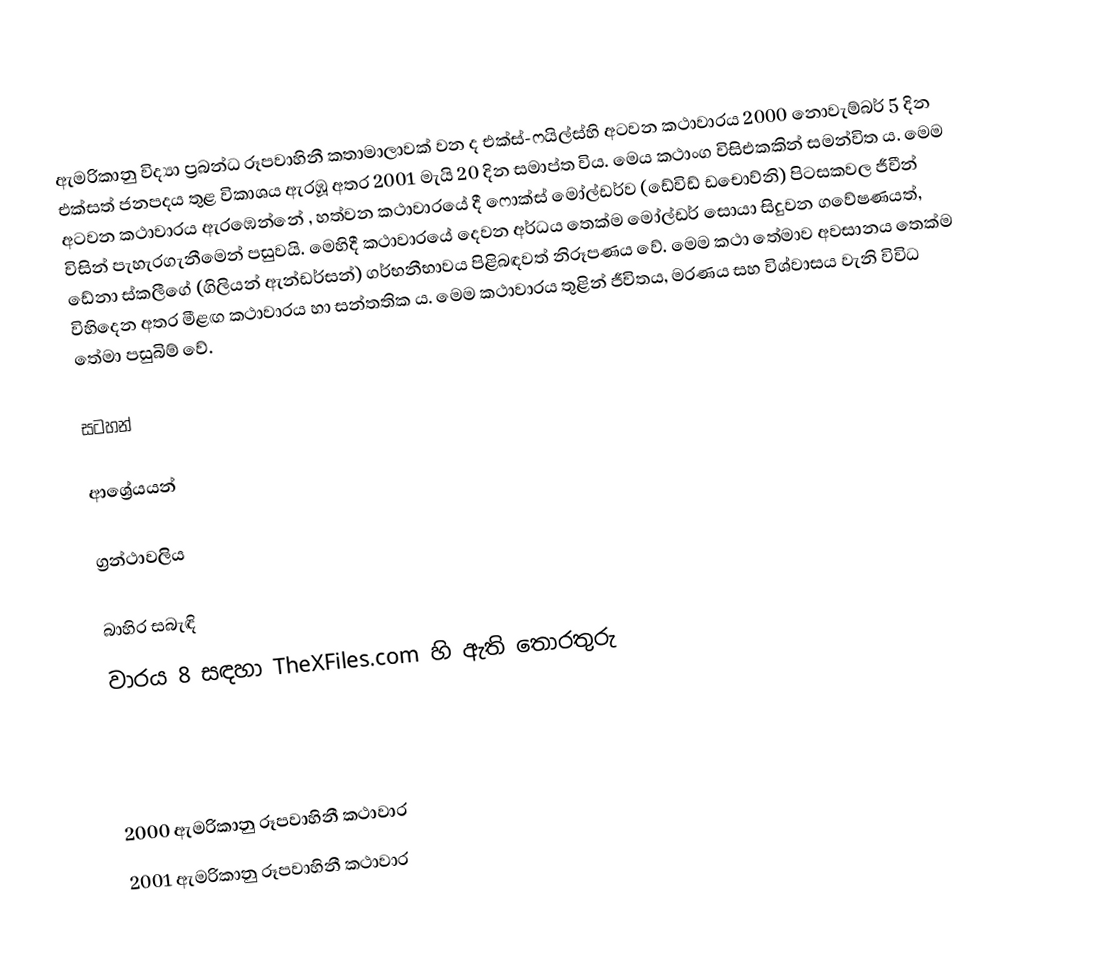
ඇමරිකානු විද්‍යා ප්‍රබන්ධ රූපවාහිනී කතාමාලාවක් වන ද එක්ස්-ෆයිල්ස්හි අටවන කථාවාරය 2000 නොවැම්බර් 5 දින එක්සත් ජනපදය තුළ විකාශය ඇරඹූ අතර 2001 මැයි 20 දින සමාප්ත විය. මෙය කථාංග විසිඑකකින් සමන්විත ය. මෙම අටවන කථාවාරය ඇරඹෙන්නේ , හත්වන කථාවාරයේ දී ෆොක්ස් මෝල්ඩර්ව (ඩේවිඩ් ඩචොව්නි) පිටසකවල ජීවීන් විසින් පැහැරගැනීමෙන් පසුවයි. මෙහිදී කථාවාරයේ දෙවන අර්ධය තෙක්ම මෝල්ඩර් සොයා සිදුවන ගවේෂණයත්, ඩේනා ස්කලීගේ (ගිලියන් ඇන්ඩර්සන්) ගර්භනීභාවය පිළිබඳවත් නිරූපණය වේ. මෙම කථා තේමාව අවසානය තෙක්ම විහිදෙන අතර මීළඟ කථාවාරය හා සන්තතික ය. මෙම කථාවාරය තුළින් ජීවිතය, මරණය සහ විශ්වාසය වැනි විවිධ තේමා පසුබිම් වේ.

සටහන්

ආශ්‍රේයයන්

ග්‍රන්ථාවලිය

බාහිර සබැඳි
වාරය 8 සඳහා TheXFiles.com හි ඇති තොරතුරු

2000 ඇමරිකානු රූපවාහිනී කථාවාර
2001 ඇමරිකානු රූපවාහිනී කථාවාර